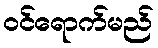
ဝင်ရောက်မည်